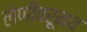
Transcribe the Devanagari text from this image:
लेणींवरूनच